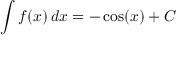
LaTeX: \int f ( x ) \, d x = - \cos ( x ) + C